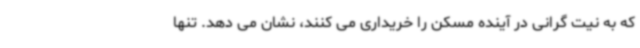
که به نیت گرانی در آینده مسکن را خریداری می کنند، نشان می دهد. تنها